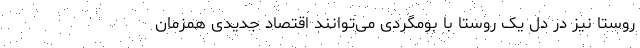
روستا نیز در دل یک روستا با بومگردی می‌توانند اقتصاد جدیدی همزمان